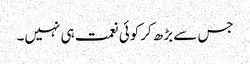
جس سے بڑھ کرکوئی نعمت ہی نہیں۔